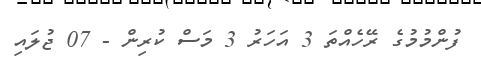
ފުންމުމުގެ ރޭހެއްތަ 3 އަހަރު 3 މަސް ކުރިން - 07 ޖުލައި